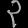
Digit: ၃